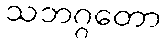
သဘဂ္ဂတော